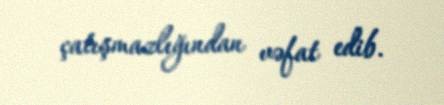
çatışmazlığından vəfat edib.